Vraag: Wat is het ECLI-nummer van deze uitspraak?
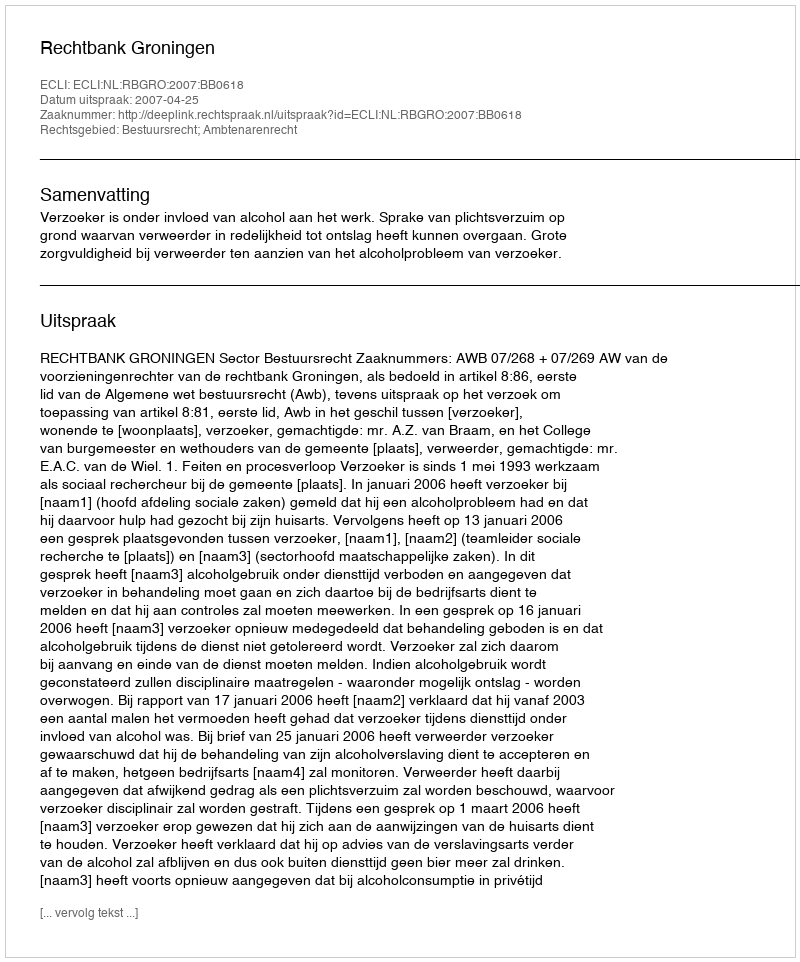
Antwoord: ECLI:NL:RBGRO:2007:BB0618